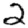
Digit: 2